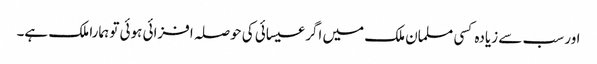
اور سب سے زیادہ کسی مسلمان ملک میں اگر عیسائی کی حوصلہ افزائی ہوئی تو ہمارا ملک ہے۔